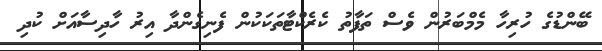
ބޭންޑުގެ ހުރިހާ މެމްބަރުން ވެސް ތަފާތު ކެރެކްޓާތަކަކުން ފެނިގެންދާ އިރު ހާދިސާއަށް ކުދި